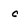
Character: c